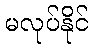
မလုပ်နိုင်